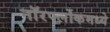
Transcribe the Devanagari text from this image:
नॉरर्फ्लोकमध्ये